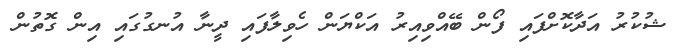
ޝުކުރު އަދާކޮށްފައި ފޯން ބޭއްވިއިރު އަކްޔަން ހެވިލާފައި ދީނާ އުނގުގައި އިން ގޮތުން